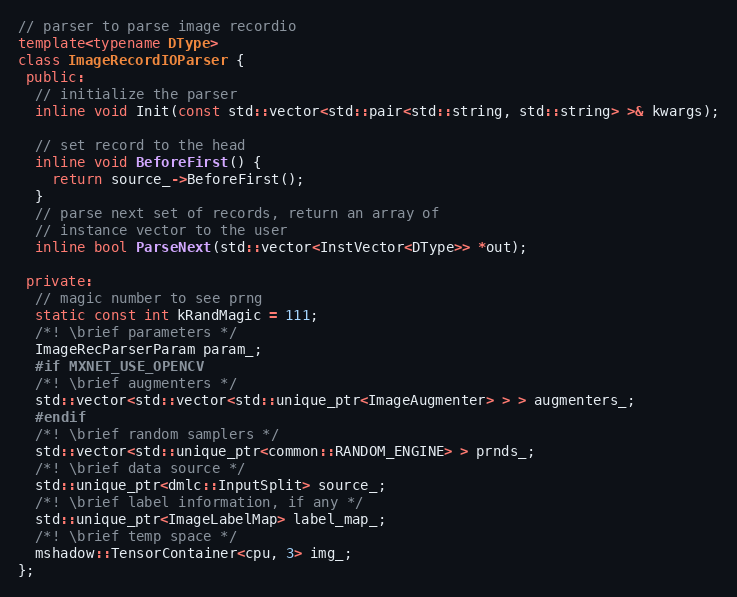
Language: C++
// parser to parse image recordio
template<typename DType>
class ImageRecordIOParser {
 public:
  // initialize the parser
  inline void Init(const std::vector<std::pair<std::string, std::string> >& kwargs);

  // set record to the head
  inline void BeforeFirst() {
    return source_->BeforeFirst();
  }
  // parse next set of records, return an array of
  // instance vector to the user
  inline bool ParseNext(std::vector<InstVector<DType>> *out);

 private:
  // magic number to see prng
  static const int kRandMagic = 111;
  /*! \brief parameters */
  ImageRecParserParam param_;
  #if MXNET_USE_OPENCV
  /*! \brief augmenters */
  std::vector<std::vector<std::unique_ptr<ImageAugmenter> > > augmenters_;
  #endif
  /*! \brief random samplers */
  std::vector<std::unique_ptr<common::RANDOM_ENGINE> > prnds_;
  /*! \brief data source */
  std::unique_ptr<dmlc::InputSplit> source_;
  /*! \brief label information, if any */
  std::unique_ptr<ImageLabelMap> label_map_;
  /*! \brief temp space */
  mshadow::TensorContainer<cpu, 3> img_;
};